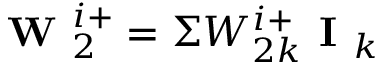
\textbf { W } _ { 2 } ^ { i + } = \Sigma W _ { 2 k } ^ { i + } \textbf { I } _ { k }